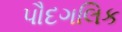
પૌદગલિક